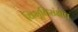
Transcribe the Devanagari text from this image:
विभूतिसंक्षेप